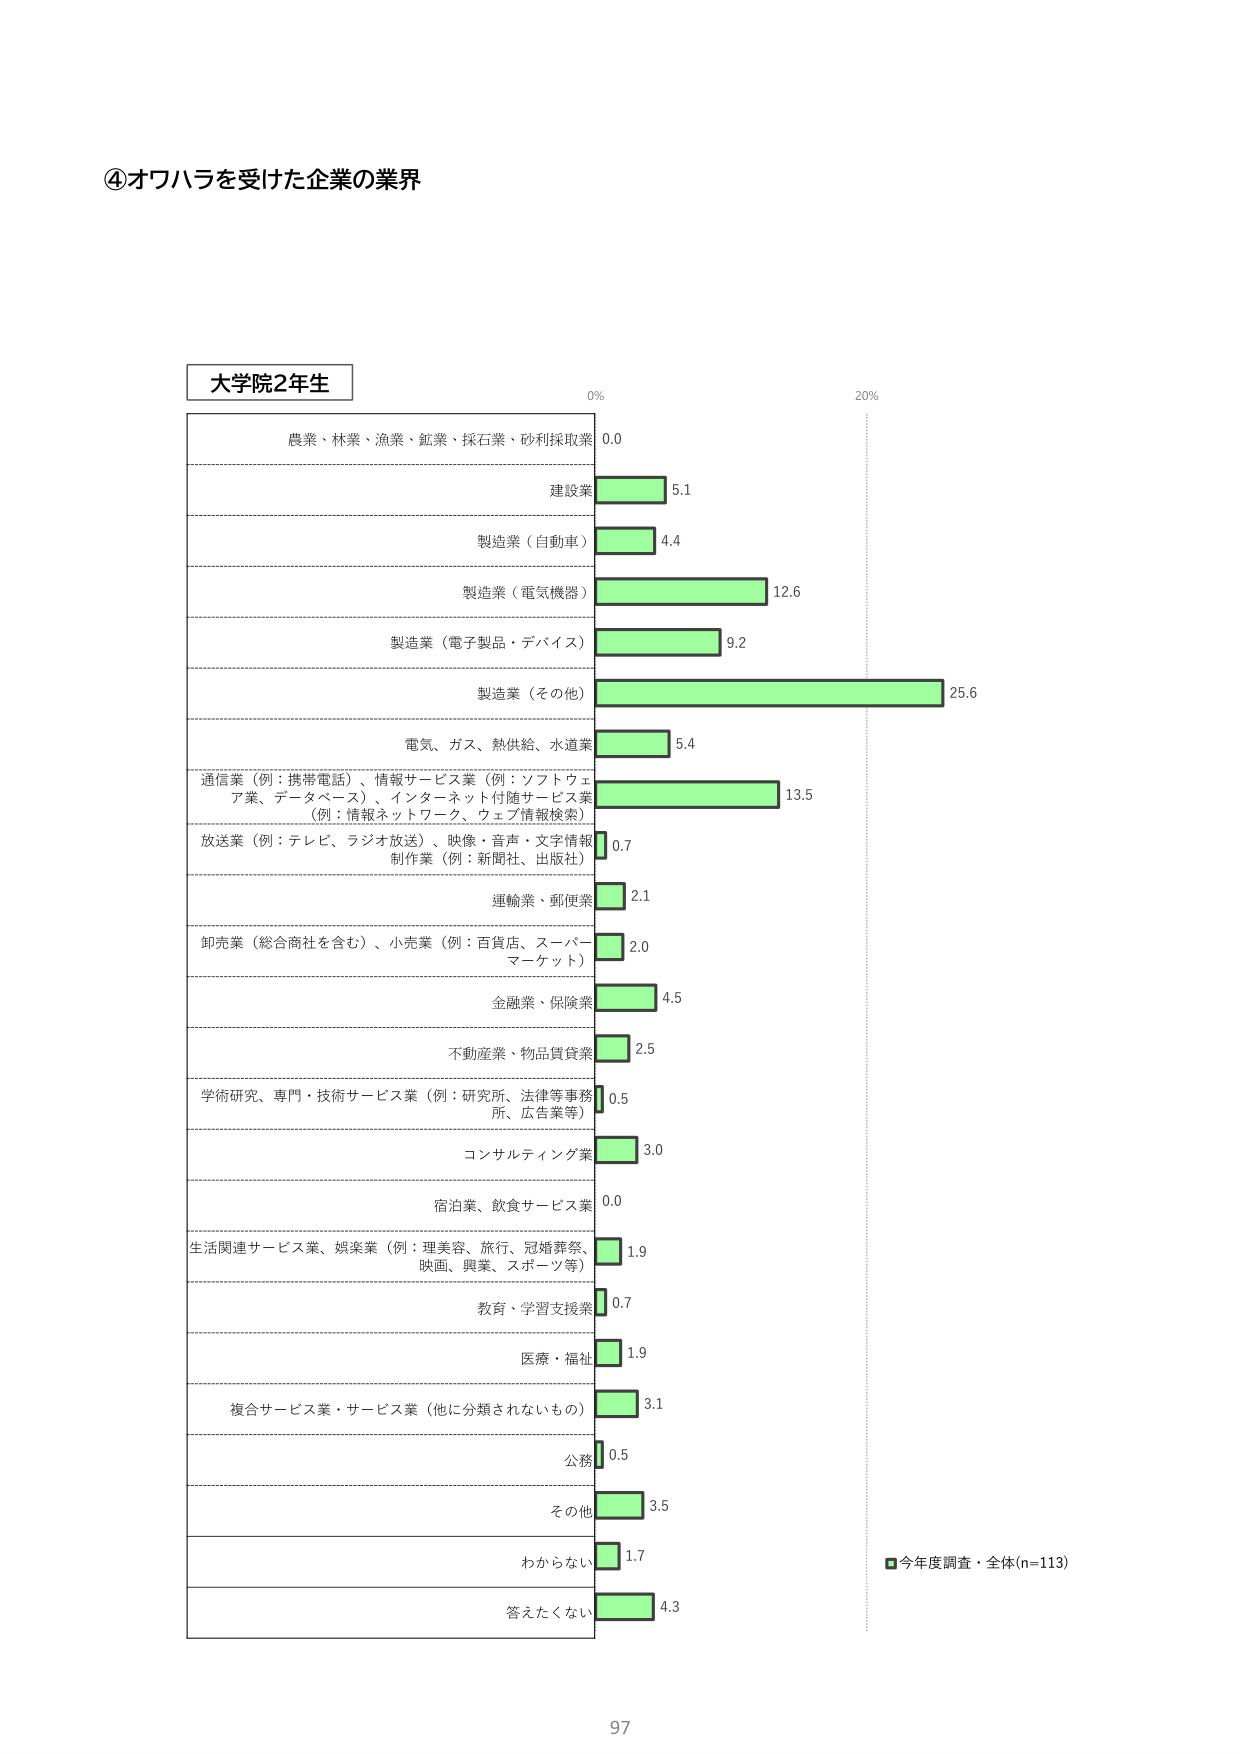
④オワハラを受けた企業の業界

大学院2年生

0%
20%

農業・林業・漁業・鉱業・採石業・砂利採取業 0.0
建設業 5.1
製造業（自動車） 4.4
製造業（電気機器） 12.6
製造業（電子製品・デバイス） 9.2
製造業（その他） 25.6
電気、ガス、熱供給、水道業 5.4
通信業（例：携帯電話）、情報サービス業（例：ソフトウェア業、データベース）、インターネット付随サービス業（例：情報ネットワーク、ウェブ情報検索） 13.5
放送業（例：テレビ、ラジオ放送）、映像・音声・文字情報制作業（例：新聞社、出版社） 0.7
運輸業、郵便業 2.1
卸売業（総合商社を含む）、小売業（例：百貨店、スーパーマーケット） 2.0
金融業、保険業 4.5
不動産業、物品賃貸業 2.5
学術研究、専門・技術サービス業（例：研究所、法律等事務所、広告業等） 0.5
コンサルティング業 3.0
宿泊業、飲食サービス業 0.0
生活関連サービス業、娯楽業（例：理美容、旅行、冠婚葬祭、映画、興業、スポーツ等） 1.9
教育・学習支援業 0.7
医療・福祉 1.9
複合サービス業・サービス業（他に分類されないもの） 3.1
公務 0.5
その他 3.5
わからない 1.7
答えたくない 4.3

■今年度調査・全体(n=113)

97